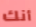
أنك